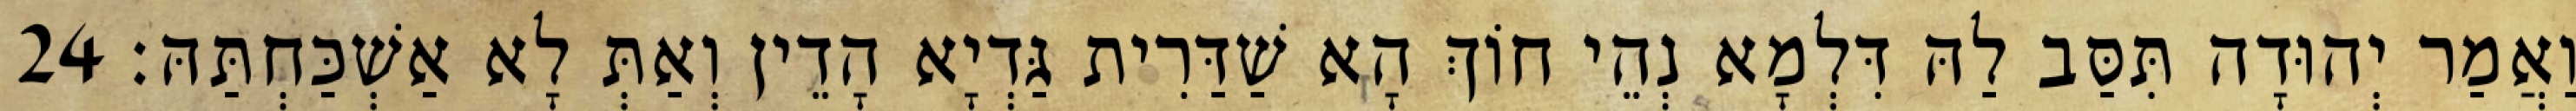
וַאֲמַר יְהוּדָה תִּסַּב לַהּ דִּלְמָא נְהֵי חוֹךְ הָא שַׁדַּרִית גַּדְיָא הָדֵין וְאַתְּ לָא אַשְׁכַּחְתַּהּ׃ 24